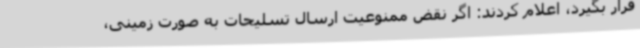
قرار بگیرد، اعلام کردند: اگر نقض ممنوعیت ارسال تسلیحات به صورت زمینی،